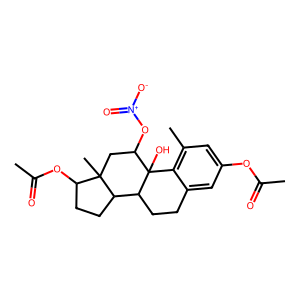
SMILES: CC(=O)Oc1cc(C)c2c(c1)CCC1C3CCC(OC(C)=O)C3(C)CC(O[N+](=O)[O-])C21O
Inhibits HIV replication: No